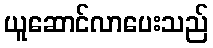
ယူဆောင်လာပေးသည်